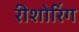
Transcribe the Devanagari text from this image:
रीशोरिंग